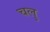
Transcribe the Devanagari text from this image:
चलु